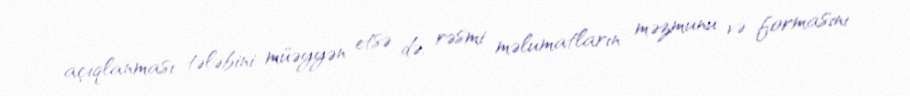
açıqlanması tələbini müəyyən etsə də, rəsmi məlumatların məzmunu və formasını